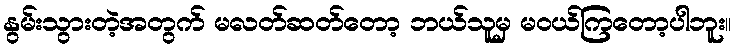
နွမ်းသွားတဲ့အတွက် မလတ်ဆတ်တော့ ဘယ်သူမှ မ၀ယ်ကြတော့ပါဘူး။